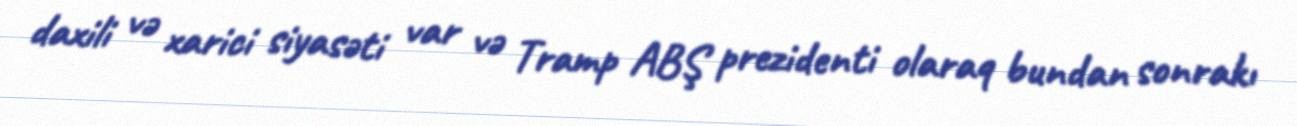
daxili və xarici siyasəti var və Tramp ABŞ prezidenti olaraq bundan sonrakı